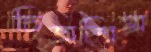
চিত্রশিল্প